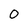
Character: 0